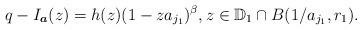
LaTeX: \begin{align*} q- I_{\boldsymbol{a}}(z)= h(z)(1-za_{j_1})^{\beta}, z\in \mathbb{D}_1 \cap B(1/a_{j_1},r_1).\end{align*}